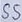
Text: SS